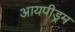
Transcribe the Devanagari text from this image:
आयपीड्रम